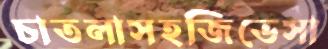
চাতলাসহজিভেসা